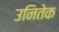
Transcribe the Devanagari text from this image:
उनितेक